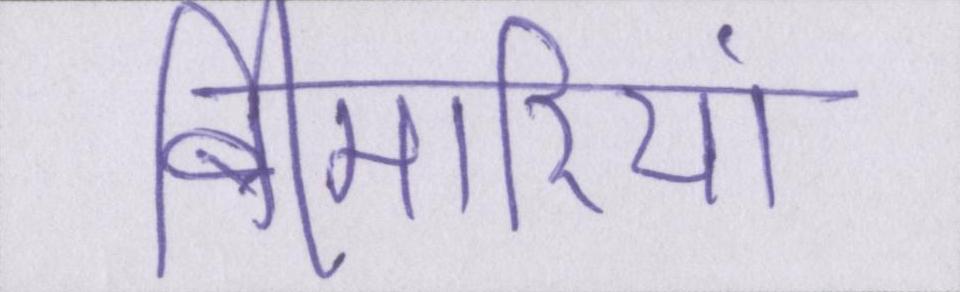
बीमारियां